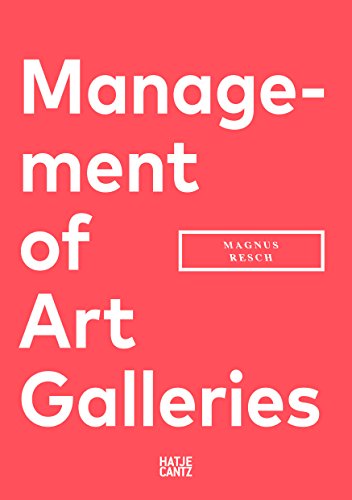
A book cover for Management of Art Galleries; Magnus Resch; Arts & Photography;